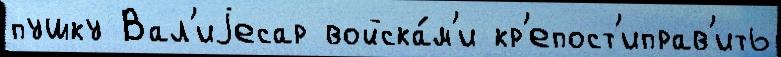
пушку Вал'иjесар войска́м'и кр'епост'иправ'ить